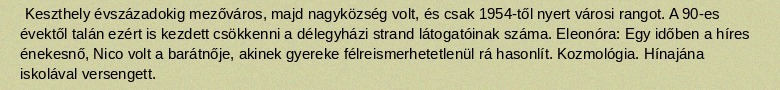
Keszthely évszázadokig mezőváros, majd nagyközség volt, és csak 1954-től nyert városi rangot. A 90-es évektől talán ezért is kezdett csökkenni a délegyházi strand látogatóinak száma. Eleonóra: Egy időben a híres énekesnő, Nico volt a barátnője, akinek gyereke félreismerhetetlenül rá hasonlít. Kozmológia. Hínajána iskolával versengett.